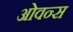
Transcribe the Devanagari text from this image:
ओवन्स